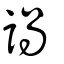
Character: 諣